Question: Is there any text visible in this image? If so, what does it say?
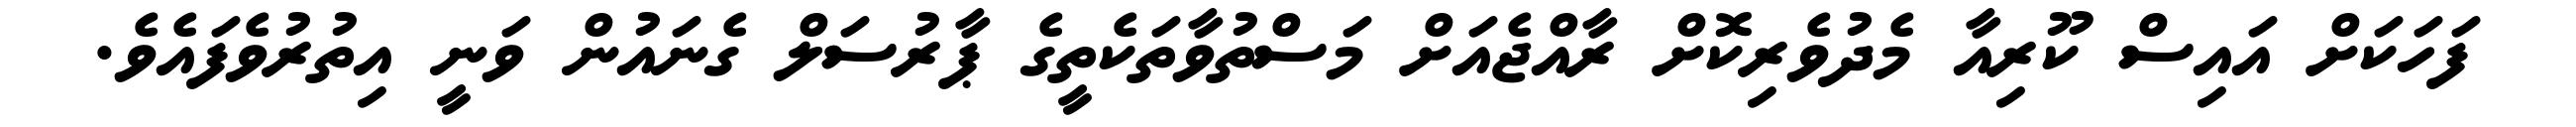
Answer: ފަހަކަށް އައިސް ކޫރިއާ މެދުވެރިކޮށް ރާއްޖެއަށް މަސްތުވާތަކެތީގެ ޕާރުސަލް ގެނައުން ވަނީ އިތުރުވެފައެވެ.